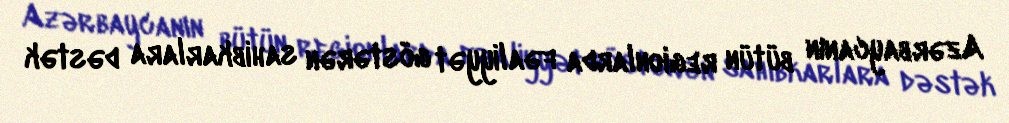
Azərbaycanın bütün regionlarda fəaliyyət göstərən sahibkarlara dəstək